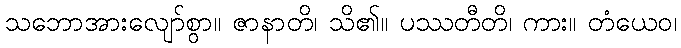
သဘောအားလျော်စွာ။ ဇာနာတိ၊ သိ၏။ ပဿတီတိ၊ ကား။ တံယေဝ၊